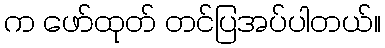
က ဖော်ထုတ် တင်ပြအပ်ပါတယ်။